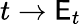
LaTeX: t\to\mathsf{E}_{t}